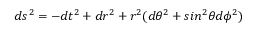
d s ^ { 2 } = - d t ^ { 2 } + d r ^ { 2 } + r ^ { 2 } ( d \theta ^ { 2 } + s i n ^ { 2 } \theta d \phi ^ { 2 } )